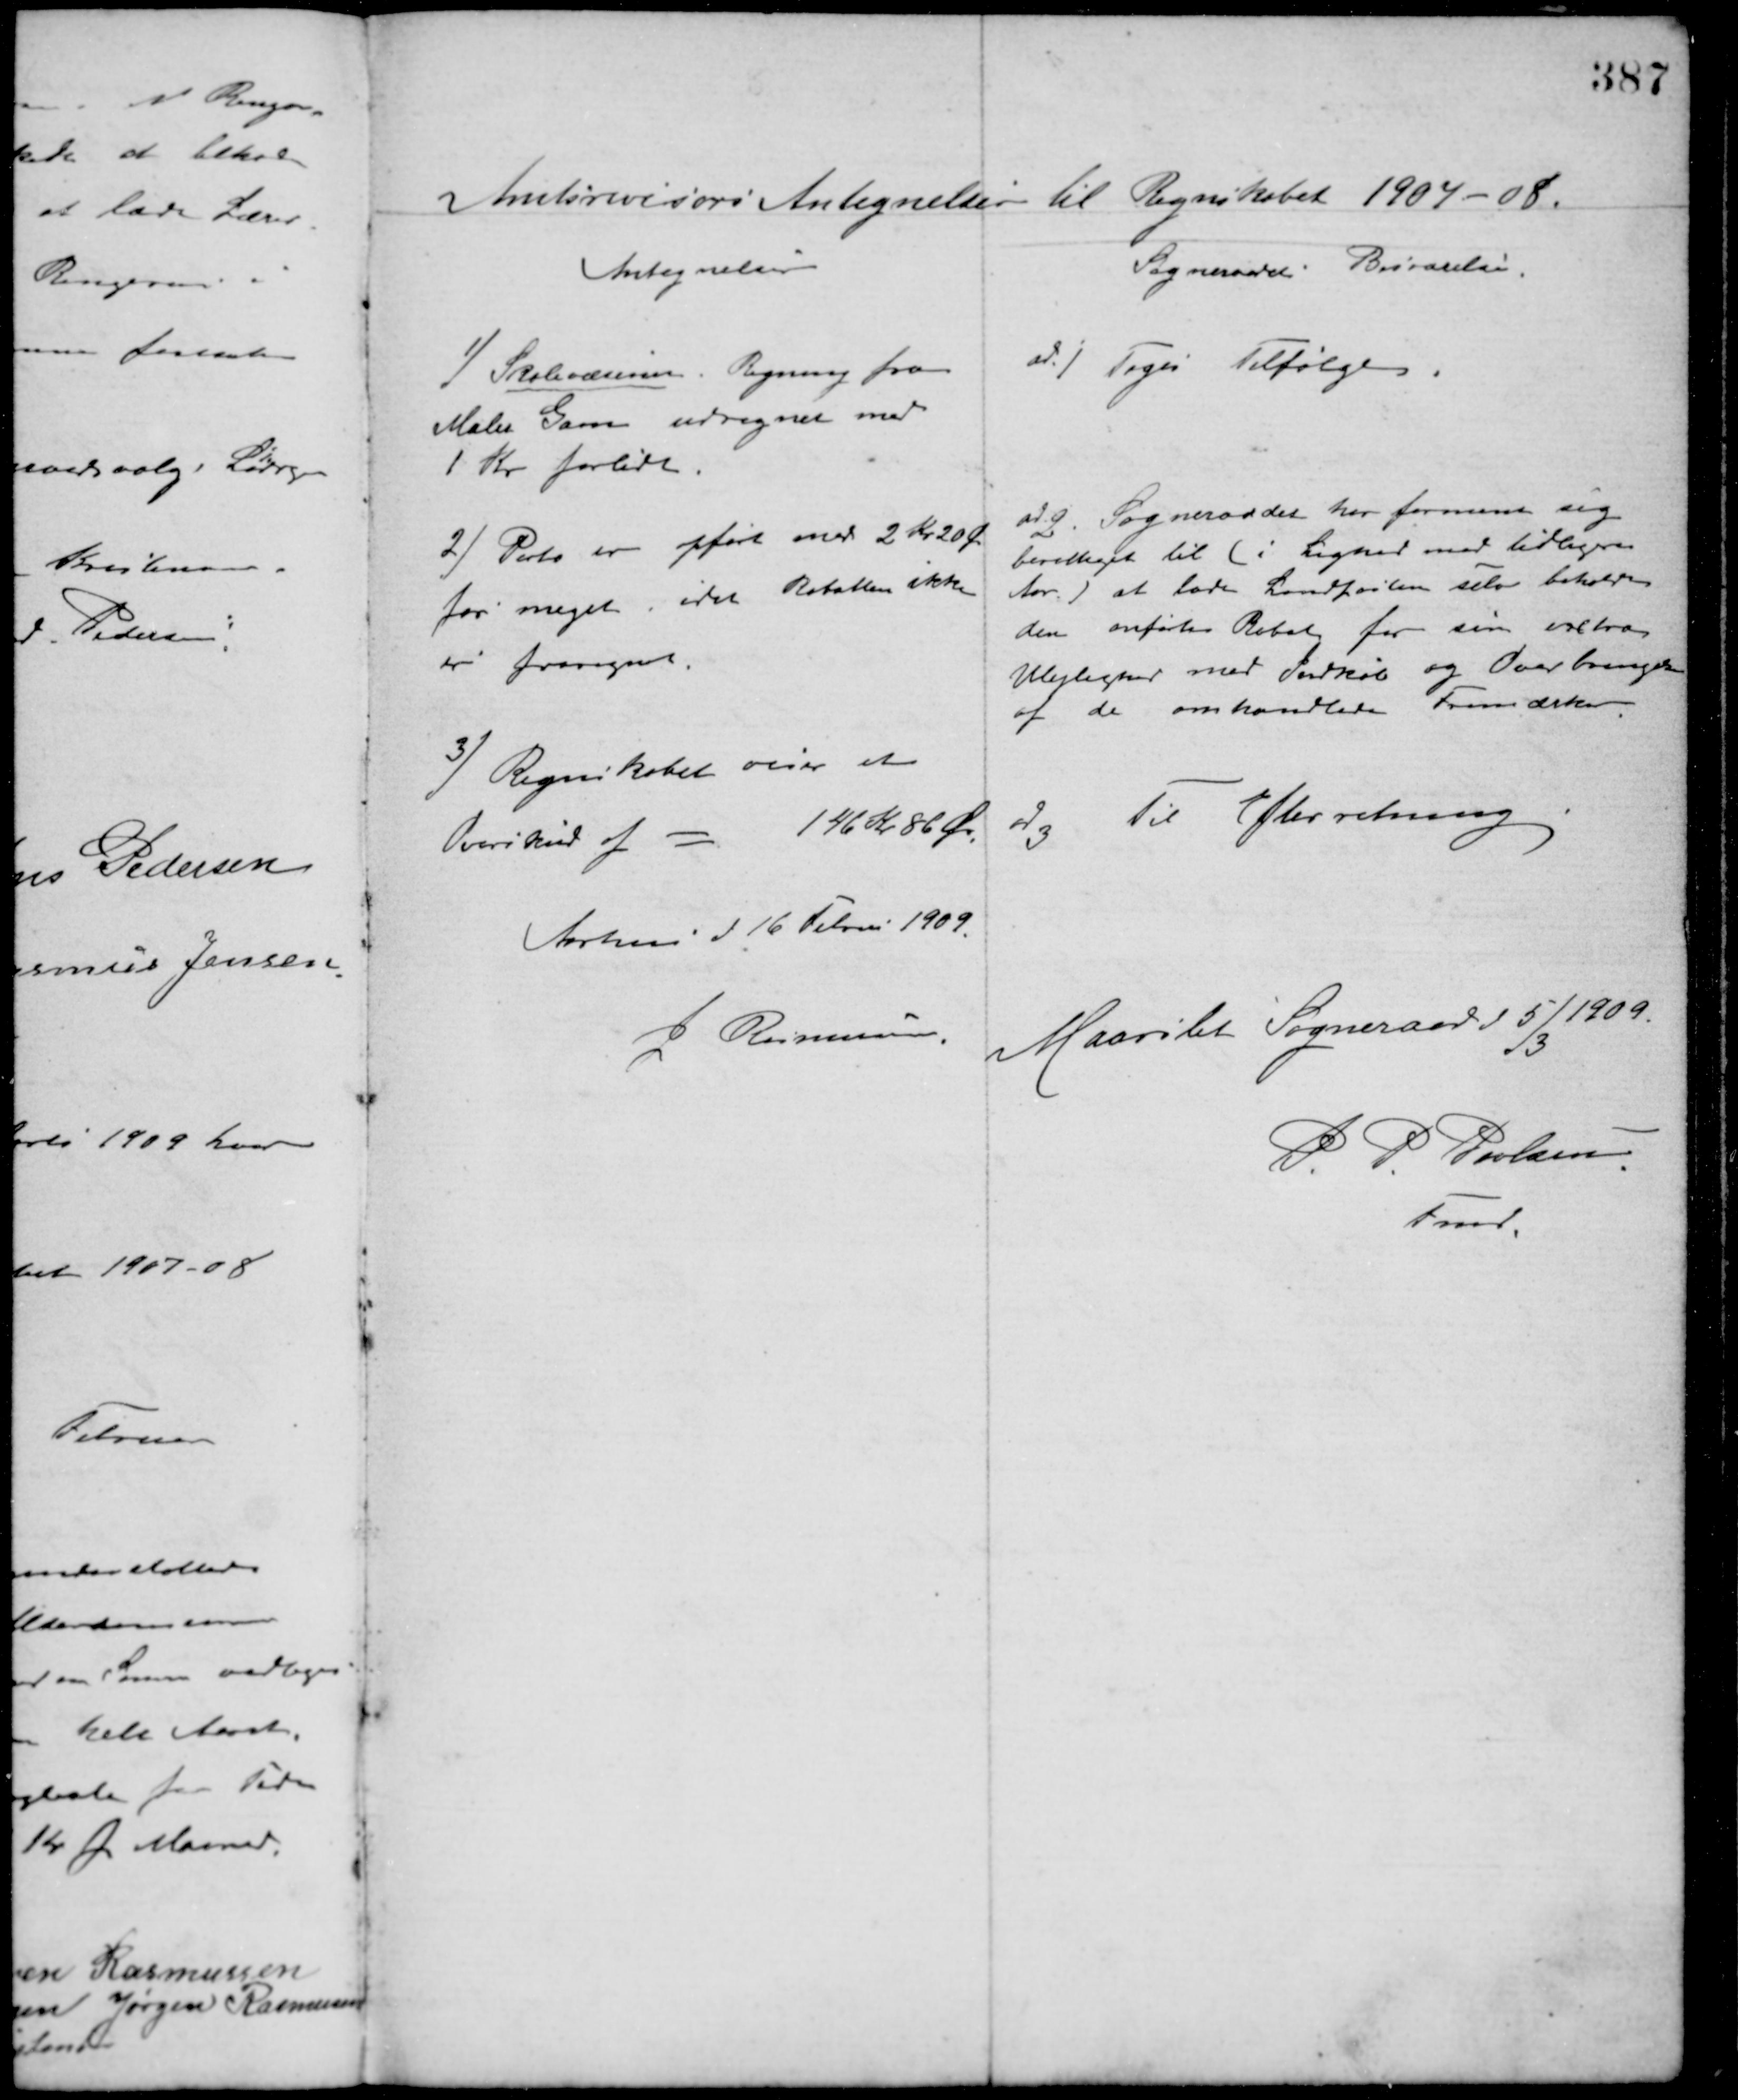
Transskription:
Amtsrevisors Antegnelser til Regnskabet 1907-08